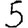
Digit: 5